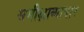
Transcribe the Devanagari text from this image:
समीक्षाव्यापार